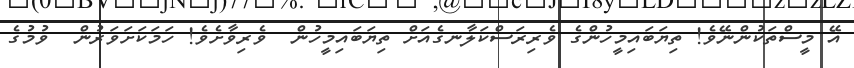
އޭ މީސްތަކުންނޭވެ! ތިޔަބައިމީހުންގެ ވެރިރަސްކަލާނގެއަށް ތިޔަބައިމީހުން  ވެރިވާށެވެ! ހަމަކަށަވަރުން  ވުމުގެ